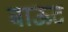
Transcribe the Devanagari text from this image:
बाऊट